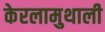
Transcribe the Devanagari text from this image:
केरलामुथाली